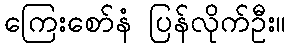
ကြေးစော်နံ ပြန်လိုက်ဦး။